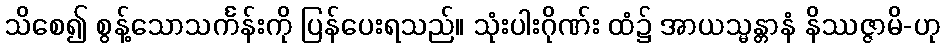
သိစေ၍ စွန့်သောသင်္ကန်းကို ပြန်ပေးရသည်။ သုံးပါးဂိုဏ်း ထံ၌ အာယသ္မန္တာနံ နိဿဇ္ဇာမိ-ဟု